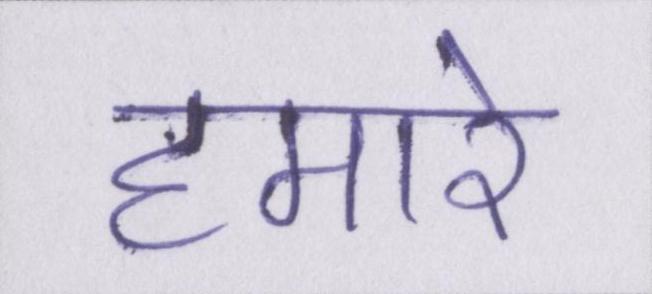
हमारे